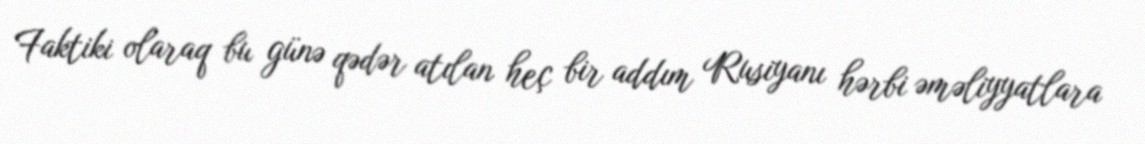
Faktiki olaraq bu günə qədər atılan heç bir addım Rusiyanı hərbi əməliyyatlara